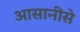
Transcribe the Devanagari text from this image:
आसानीसे